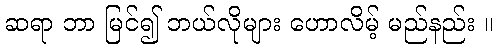
ဆရာ ဘာ မြင်၍ ဘယ်လိုများ ဟောလိမ့် မည်နည်း ။